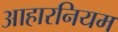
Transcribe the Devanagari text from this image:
आहारनियम